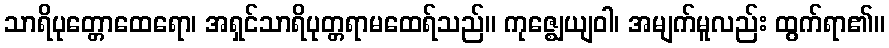
သာရိပုတ္တောထေရော၊ အရှင်သာရိပုတ္တရာမထေရ်သည်။ ကုဇ္ဈေယျဝါ၊ အမျက်မူလည်း ထွက်ရာ၏။